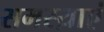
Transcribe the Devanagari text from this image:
समस्य़ाएं